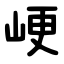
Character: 峺